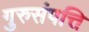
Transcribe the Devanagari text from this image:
गुरुसंपत्ति